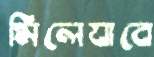
মিলেযাবে